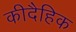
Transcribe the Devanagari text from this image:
कीदैहिक